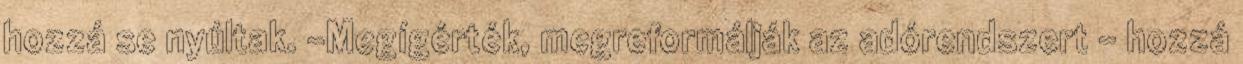
hozzá se nyúltak. -Megígérték, megreformálják az adórendszert - hozzá